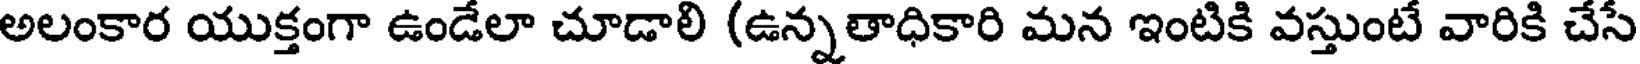
అలంకార యుక్తంగా ఉండేలా చూడాలి (ఉన్నతాధికారి మన ఇంటికి వస్తుంటే వారికి చేసే